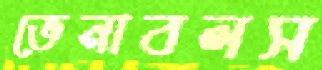
ভেনাবলস